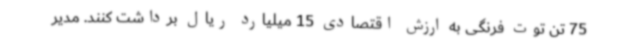
75 تن توت فرنگی به ارزش اقتصادی 15 میلیارد ریال برداشت کنند. مدیر